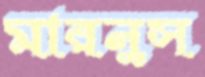
মারনুস